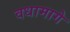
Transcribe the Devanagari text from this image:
वधामागे